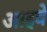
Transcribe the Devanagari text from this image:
आइवे